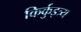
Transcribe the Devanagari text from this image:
किर्कुइत्र्य